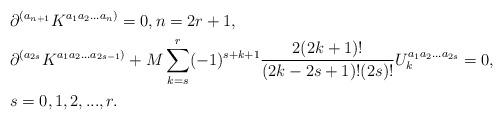
LaTeX: \begin{align*}& \partial^{(a_{n+1}}K^{a_1a_2\ldots a_{n})}=0,n=2r+1,\\&\partial^{(a_{2s}}K^{a_1 a_2...a_{2s-1})}+ M\sum\limits_{k=s}^{r}(-1)^{s+k+1}{2(2k+1)!\over(2k-2s+1)!(2s)!}U_k^{a_1 a_2...a_{2s}}=0,\\&s=0, 1,2,...,r.\end{align*}